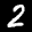
Label: 2